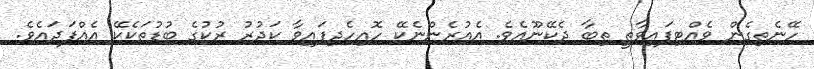
ހޭނެތިގެން ވެއްޓިފައިވާތީ ތިބާ ދެކޭނޫއެވެ. އެއުރެންނެކޭ ހޮއިހެދިފައިވާ ކަދުރު ރުކުގެ ބުޑުތަކެކޭ އެއްފަދައެވެ.